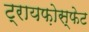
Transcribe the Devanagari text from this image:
ट्रायफ़ोस्फेट